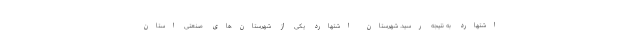
اشتهارد به نتیجه رسید. شهرستان اشتهارد یکی از شهرستان‌های صنعتی استان